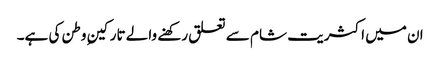
ان میں اکثریت شام سے تعلق رکھنے والے تارکینِ وطن کی ہے۔